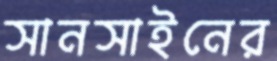
সানসাইনের